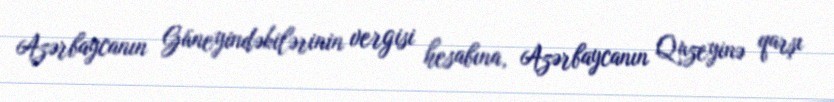
Azərbaycanın Güneyindəkilərinin vergisi hesabına, Azərbaycanın Quzeyinə qarşı